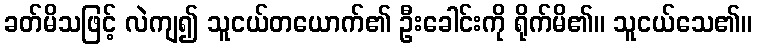
ခတ်မိသဖြင့် လဲကျ၍ သူငယ်တယောက်၏ ဦးခေါင်းကို ရိုက်မိ၏။ သူငယ်သေ၏။